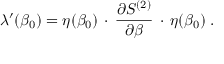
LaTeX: \lambda ^ { \prime } ( \beta _ { 0 } ) = \eta ( \beta _ { 0 } ) \, \cdot \, \frac { \partial S ^ { ( 2 ) } } { \partial \beta } \, \cdot \, \eta ( \beta _ { 0 } ) \; .